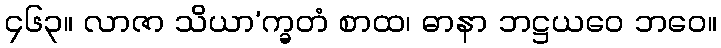
၄၆၃။ လာဇာ သိယာ’က္ခတံ စာထ၊ ဓာနာ ဘဋ္ဌယဝေ ဘဝေ။